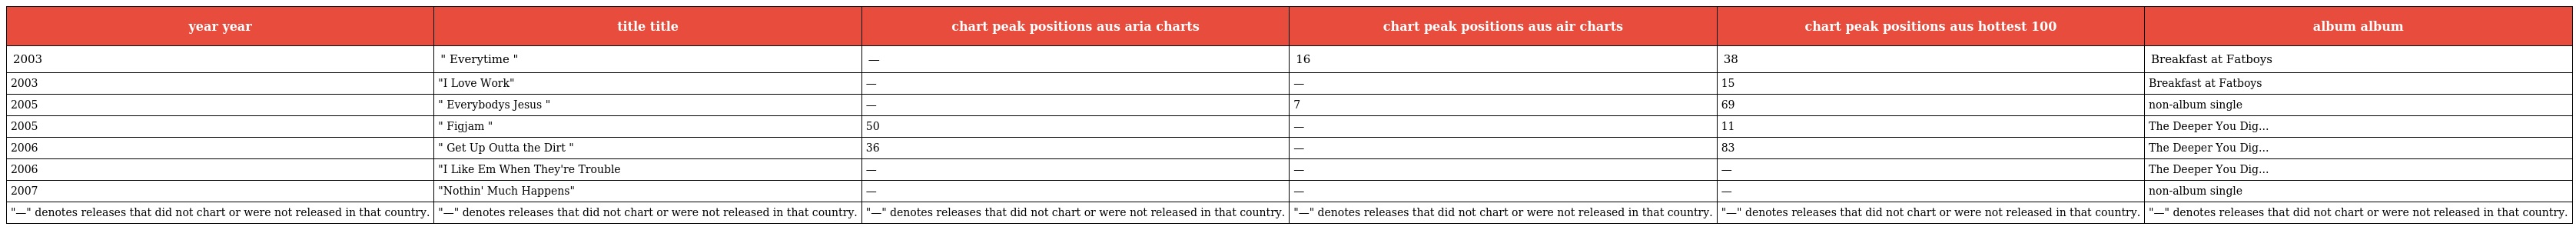
| year year | title title | chart peak positions aus aria charts | chart peak positions aus air charts | chart peak positions aus hottest 100 | album album |
 | --- | --- | --- | --- | --- | --- |
 | 2003 | " Everytime " | — | 16 | 38 | Breakfast at Fatboys |
 | 2003 | "I Love Work" | — | — | 15 | Breakfast at Fatboys |
 | 2005 | " Everybodys Jesus " | — | 7 | 69 | non-album single |
 | 2005 | " Figjam " | 50 | — | 11 | The Deeper You Dig... |
 | 2006 | " Get Up Outta the Dirt " | 36 | — | 83 | The Deeper You Dig... |
 | 2006 | "I Like Em When They're Trouble | — | — | — | The Deeper You Dig... |
 | 2007 | "Nothin' Much Happens" | — | — | — | non-album single |
 | "—" denotes releases that did not chart or were not released in that country. | "—" denotes releases that did not chart or were not released in that country. | "—" denotes releases that did not chart or were not released in that country. | "—" denotes releases that did not chart or were not released in that country. | "—" denotes releases that did not chart or were not released in that country. | "—" denotes releases that did not chart or were not released in that country. |